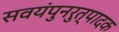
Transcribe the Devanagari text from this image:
सवयंपुनरुत्पादक